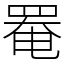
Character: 罨